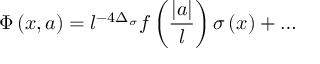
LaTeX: \Phi \left( x , a \right) = l ^ { - 4 \Delta _ { \sigma } } f \left( { \frac { | a | } { l } } \right) \sigma \left( x \right) + \ldots